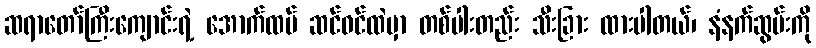
ဆရာတော်ကြီးကျောင်းရဲ့ အောက်ထပ် ဆင်ဝင်ထဲမှာ တစ်ပါးတည်း သီးခြား ထားပါတယ်၊ နံနက်ဆွမ်းကို